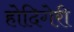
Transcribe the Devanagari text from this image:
होदिगेरी